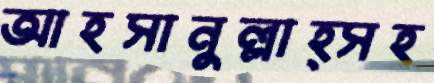
আহসানুল্লাহ্সহ